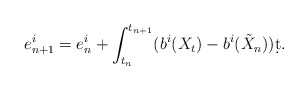
\begin{align*}e_{n+1}^i = e_n^i + \int_{t_n}^{t_{n+1}}(b^i(X_t)-b^i(\tilde X_n))\d t.\end{align*}